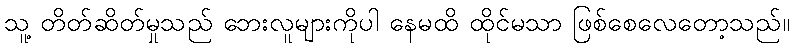
သူ့ တိတ်ဆိတ်မှုသည် ဘေးလူများကိုပါ နေမထိ ထိုင်မသာ ဖြစ်စေလေတော့သည်။